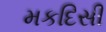
મકદિસી